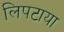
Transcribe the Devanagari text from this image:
लिपटाया